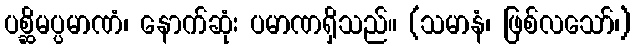
ပစ္ဆိမပ္ပမာဏံ၊ နောက်ဆုံး ပမာဏရှိသည်။ (သမာနံ၊ ဖြစ်လသော်၊)